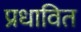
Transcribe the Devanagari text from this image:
प्रधावित